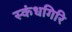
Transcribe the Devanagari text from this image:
स्‍कंधगिरि